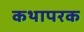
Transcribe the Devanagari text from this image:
कथापरक